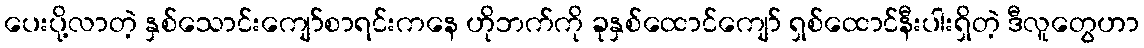
ပေးပို့လာတဲ့ နှစ်သောင်းကျော်စာရင်းကနေ ဟိုဘက်ကို ခုနှစ်ထောင်ကျော် ရှစ်ထောင်နီးပါးရှိတဲ့ ဒီလူတွေဟာ